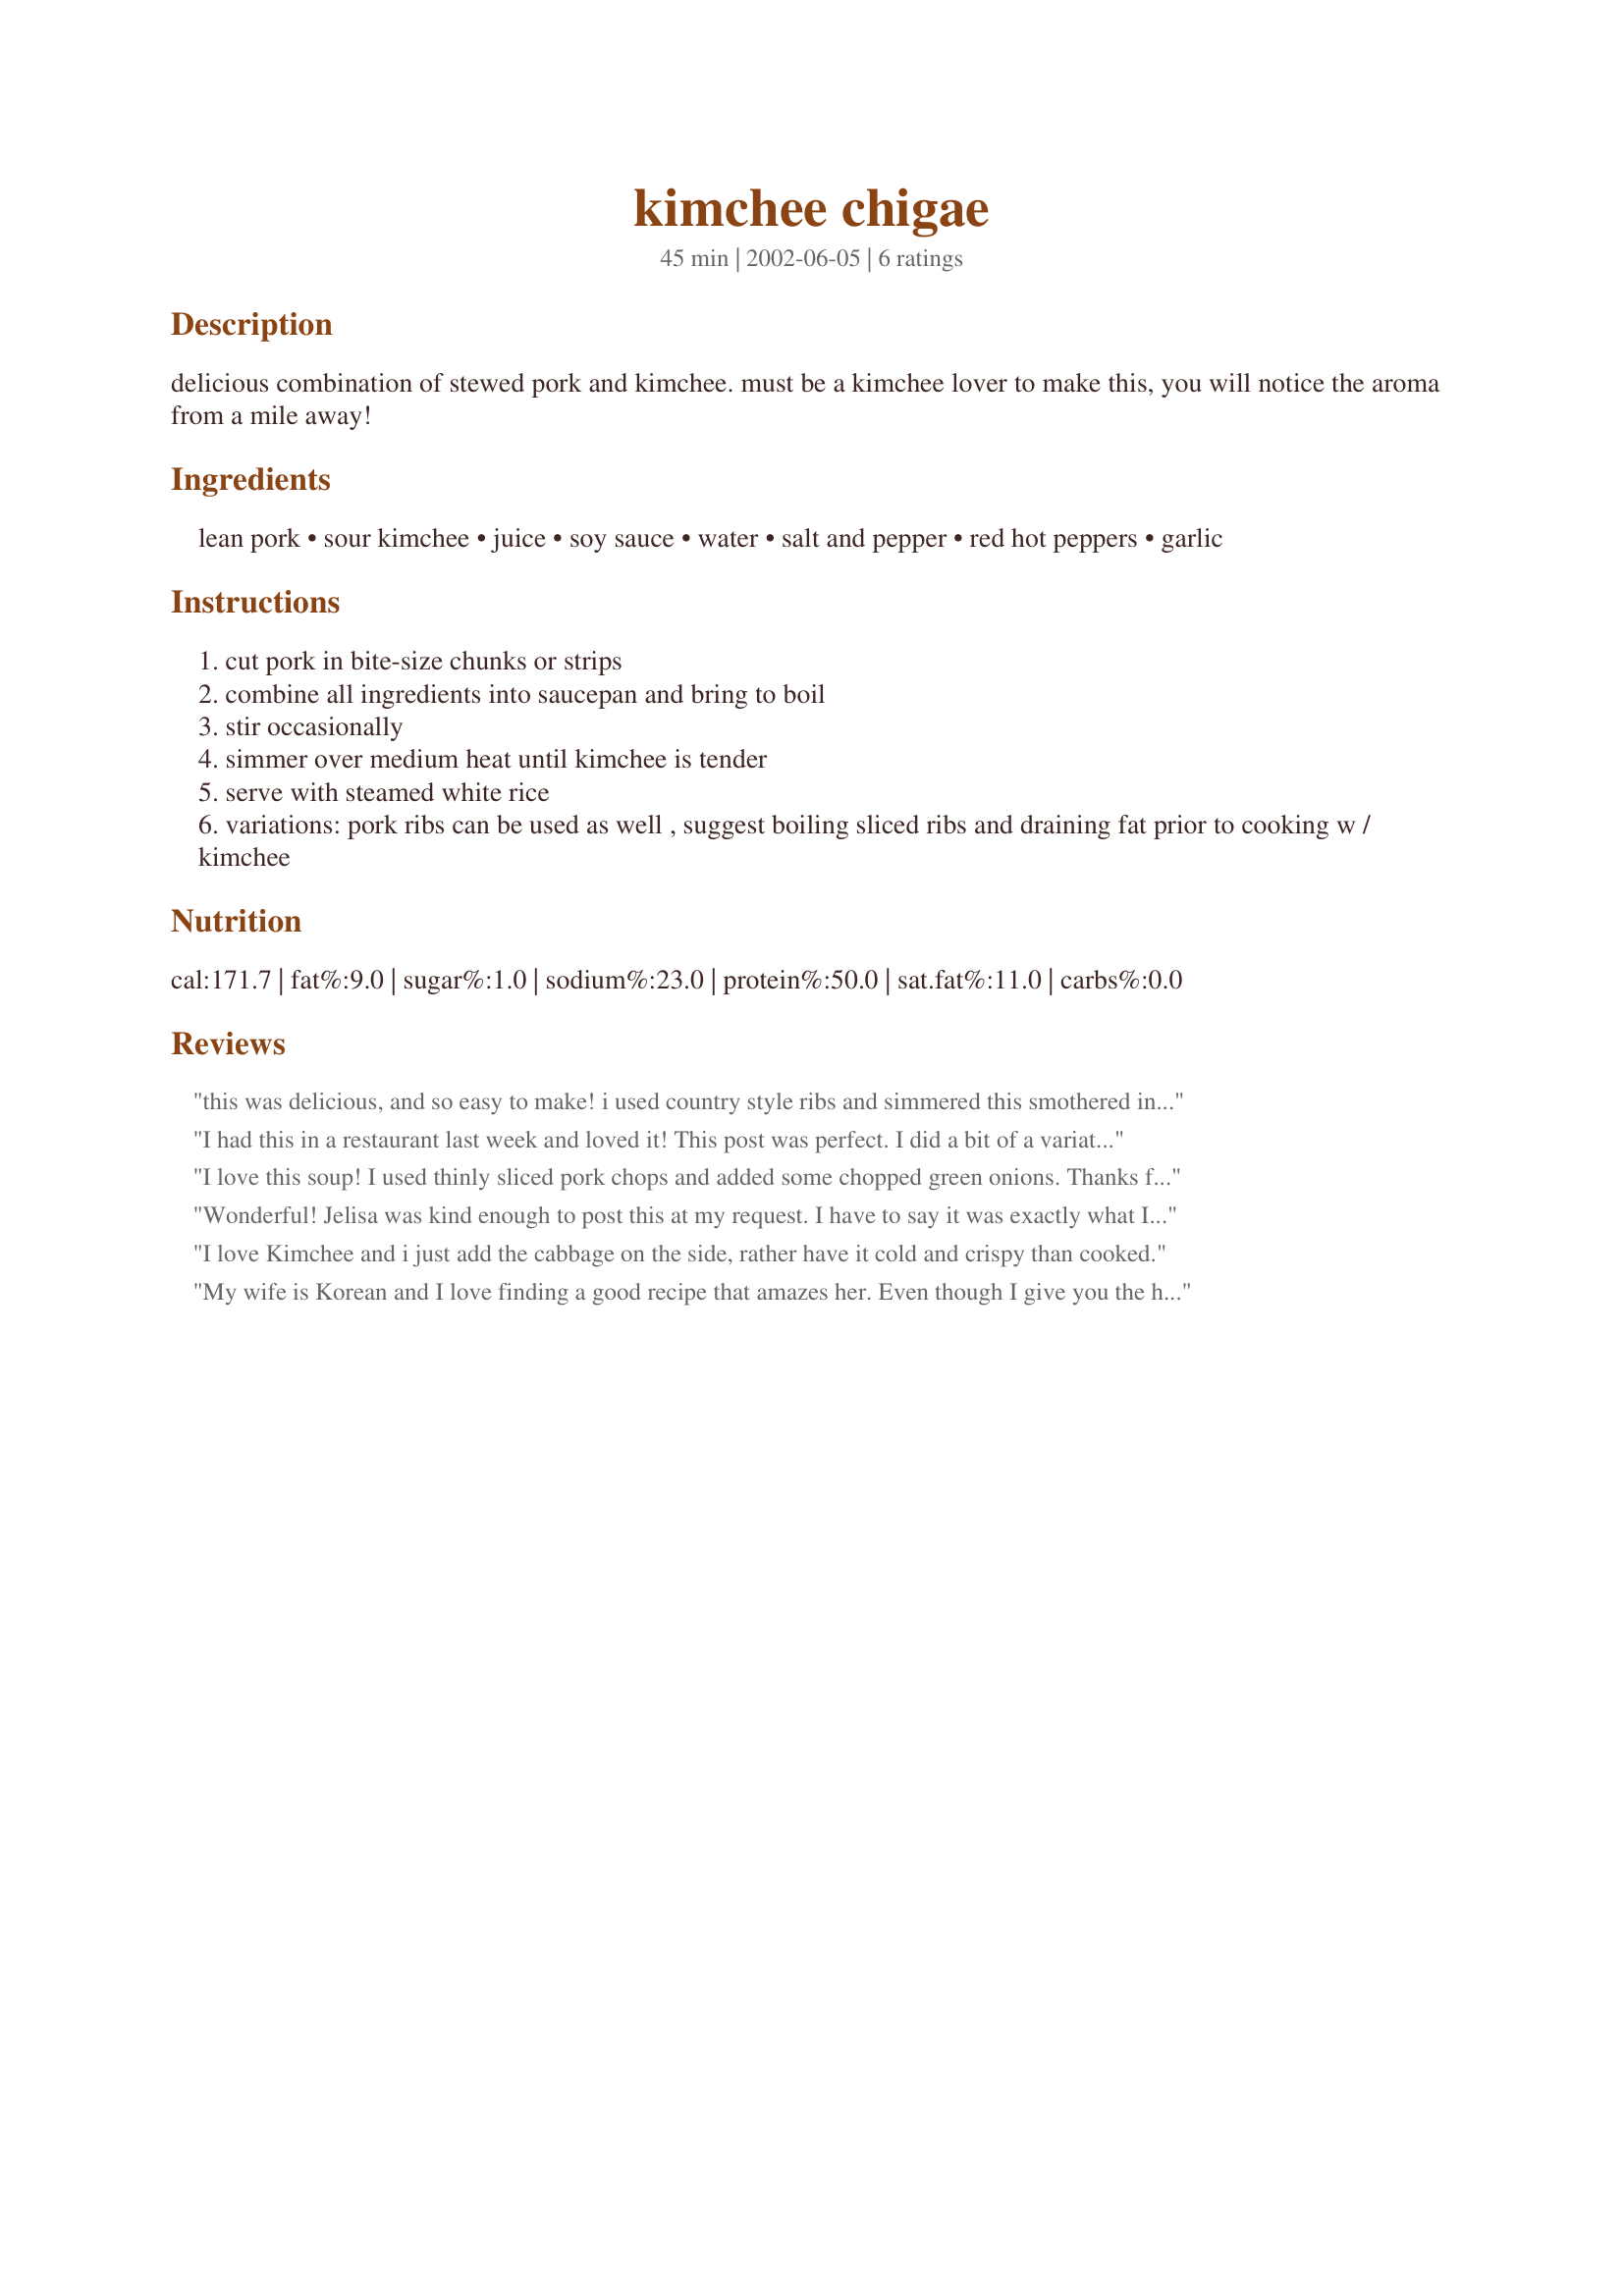
kimchee chigae
Preparation time: 45 minutes

delicious combination of stewed pork and kimchee. must be a kimchee lover to make this, you will notice the aroma from a mile away!

Ingredients:
lean pork, sour kimchee, juice, soy sauce, water, salt and pepper, red hot peppers, garlic

Steps:
cut pork in bite-size chunks or strips
combine all ingredients into saucepan and bring to boil
stir occasionally
simmer over medium heat until kimchee is tender
serve with steamed white rice
variations: pork ribs can be used as well , suggest boiling sliced ribs and draining fat prior to cooking w / kimchee

Reviews:
this was delicious, and so easy to make! i used country style ribs and simmered this smothered in kimchee and the other ingredients for about an hour. the spiciness was just right and the ribs just melt in your mouth. this is a keeper
I had this in a restaurant last week and loved it! This post was perfect. I did a bit of a variation on this recipe by browning the pork in sesame oil and adding green onions and tofu at the end. Turned out perfect. I had no idea that this was such a simple recipe. Thanks!
I love this soup! I used thinly sliced pork chops and added some chopped green onions. Thanks for the recipe!
Wonderful! Jelisa was kind enough to post this at my request. I have to say it was exactly what I was hoping for. I didn't change a thing and it came out almost exactly as I was looking for. Next time, I may add a little more juice, but just a personal preference. This was perfect, thank you.
I love Kimchee and i just add the cabbage on the side, rather have it cold and crispy than cooked.
My wife is Korean and I love finding a good recipe that amazes her. Even though I give you the highest props and 5 stars, She will never know. :) Thanks so much...
